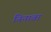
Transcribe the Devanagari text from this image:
निनावा